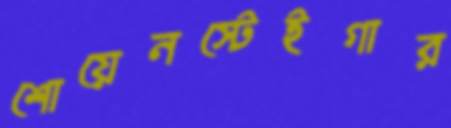
শোয়েনস্টেইগার